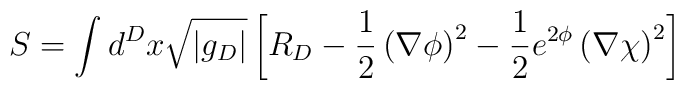
S=\int d^D x \sqrt{|g_D|} \left[ R_D -\frac{1}{2} \left( \nabla \phi \right)^2 -\frac{1}{2} e^{2\phi} \left( \nabla \chi \right)^2 \right]